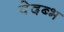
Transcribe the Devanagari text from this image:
वेदब्भ